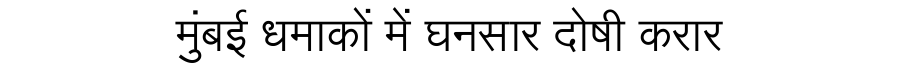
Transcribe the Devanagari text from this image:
मुंबई धमाकों में घनसार दोषी करार